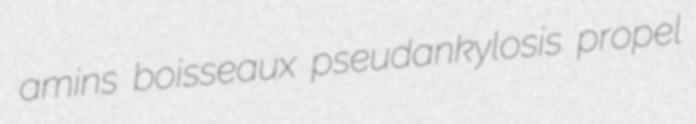
amins boisseaux pseudankylosis propel